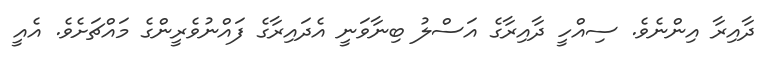
ދާއިރާ އިންނެވެ. ސިއްހީ ދާއިރާގެ އަސްލު ބިނާވަނީ އެދައިރާގެ ފައްނުވެރީންގެ މައްޗަށެވެ. އެއީ